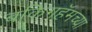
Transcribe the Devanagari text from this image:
बकिंगहॅमच्या